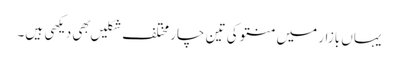
یہاں بازار میں منتو کی تین چار مختلف شکلیں بهی دیکهی ہیں۔